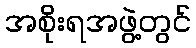
အစိုးရအဖွဲ့တွင်